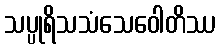
သပ္ပုရိသသံသေဝေါတိဿ